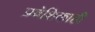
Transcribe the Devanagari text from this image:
प्रवेशिकाही